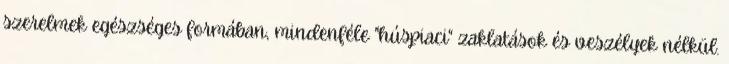
szerelmek egészséges formában, mindenféle "húspiaci" zaklatások és veszélyek nélkül.